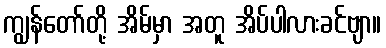
ကျွန်တော်တို့ အိမ်မှာ အတူ အိပ်ပါလားခင်ဗျာ။